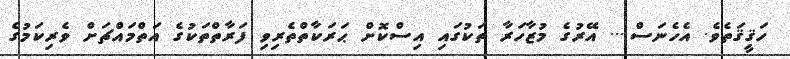
ހަޤީޤަތެވެ. އެހެނަސް.... އޭރުގެ މުޒާހަރާ ތަކުގައި އިސްކޮށް ޙަރަކާތްތެރިވި ފަރާތްތަކުގެ އަތްމައްޗަށް ވެރިކަމުގެ